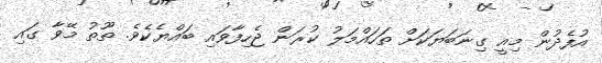
އުފެދުން މިއީ ގިނަބަޔަކަށް ތަހައްމަލު ކުރަން ޖެހިފާވައި ބައްޔެކެވެ. ތޫތު މޭވާ ގައި